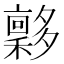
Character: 𡗋